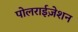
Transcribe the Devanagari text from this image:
पोलराईज़ेशन